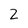
Character: 2